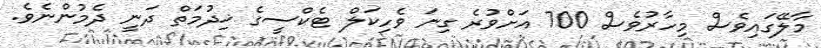
މާލޭގައިވެސް މިހާރުވެސް 700 އަށްވުރެ ގިނަ ވެހިކަލް ޓެކްސީގެ ޚިދުމަތް ދަނީ ދެމުންނެވެ.